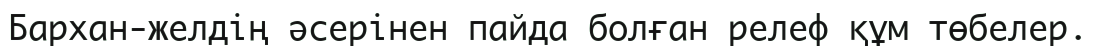
Бархан-желдің әсерінен пайда болған релеф құм төбелер.